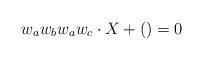
LaTeX: \begin{align*}w_aw_bw_aw_c\cdot X + ( ) = 0\end{align*}